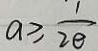
a \geq \frac { 1 } { 2 \theta }